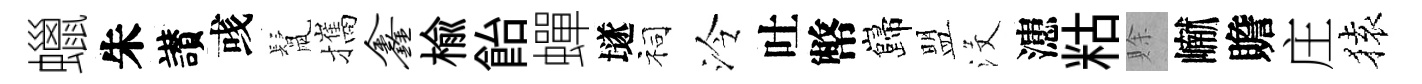
蠟朱讃彧鬛攜鑫榆飴蟬𡑞祠泠吐幣巋盟沒漶䊀賖𪩘贍庄𫞤